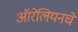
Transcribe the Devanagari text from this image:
ऑरेलियनचे